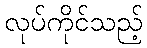
လုပ်ကိုင်သည့်